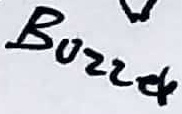
Text: Buzzer